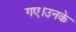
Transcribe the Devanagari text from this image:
गए।उनके